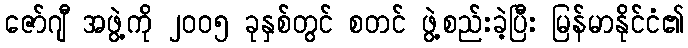
ဇော်ဂျီ အဖွဲ့ကို ၂၀၀၅ ခုနှစ်တွင် စတင် ဖွဲ့စည်းခဲ့ပြီး မြန်မာနိုင်ငံ၏